NAE_EAOK_eestikeelsed_sunnimeetrikad, lk 79
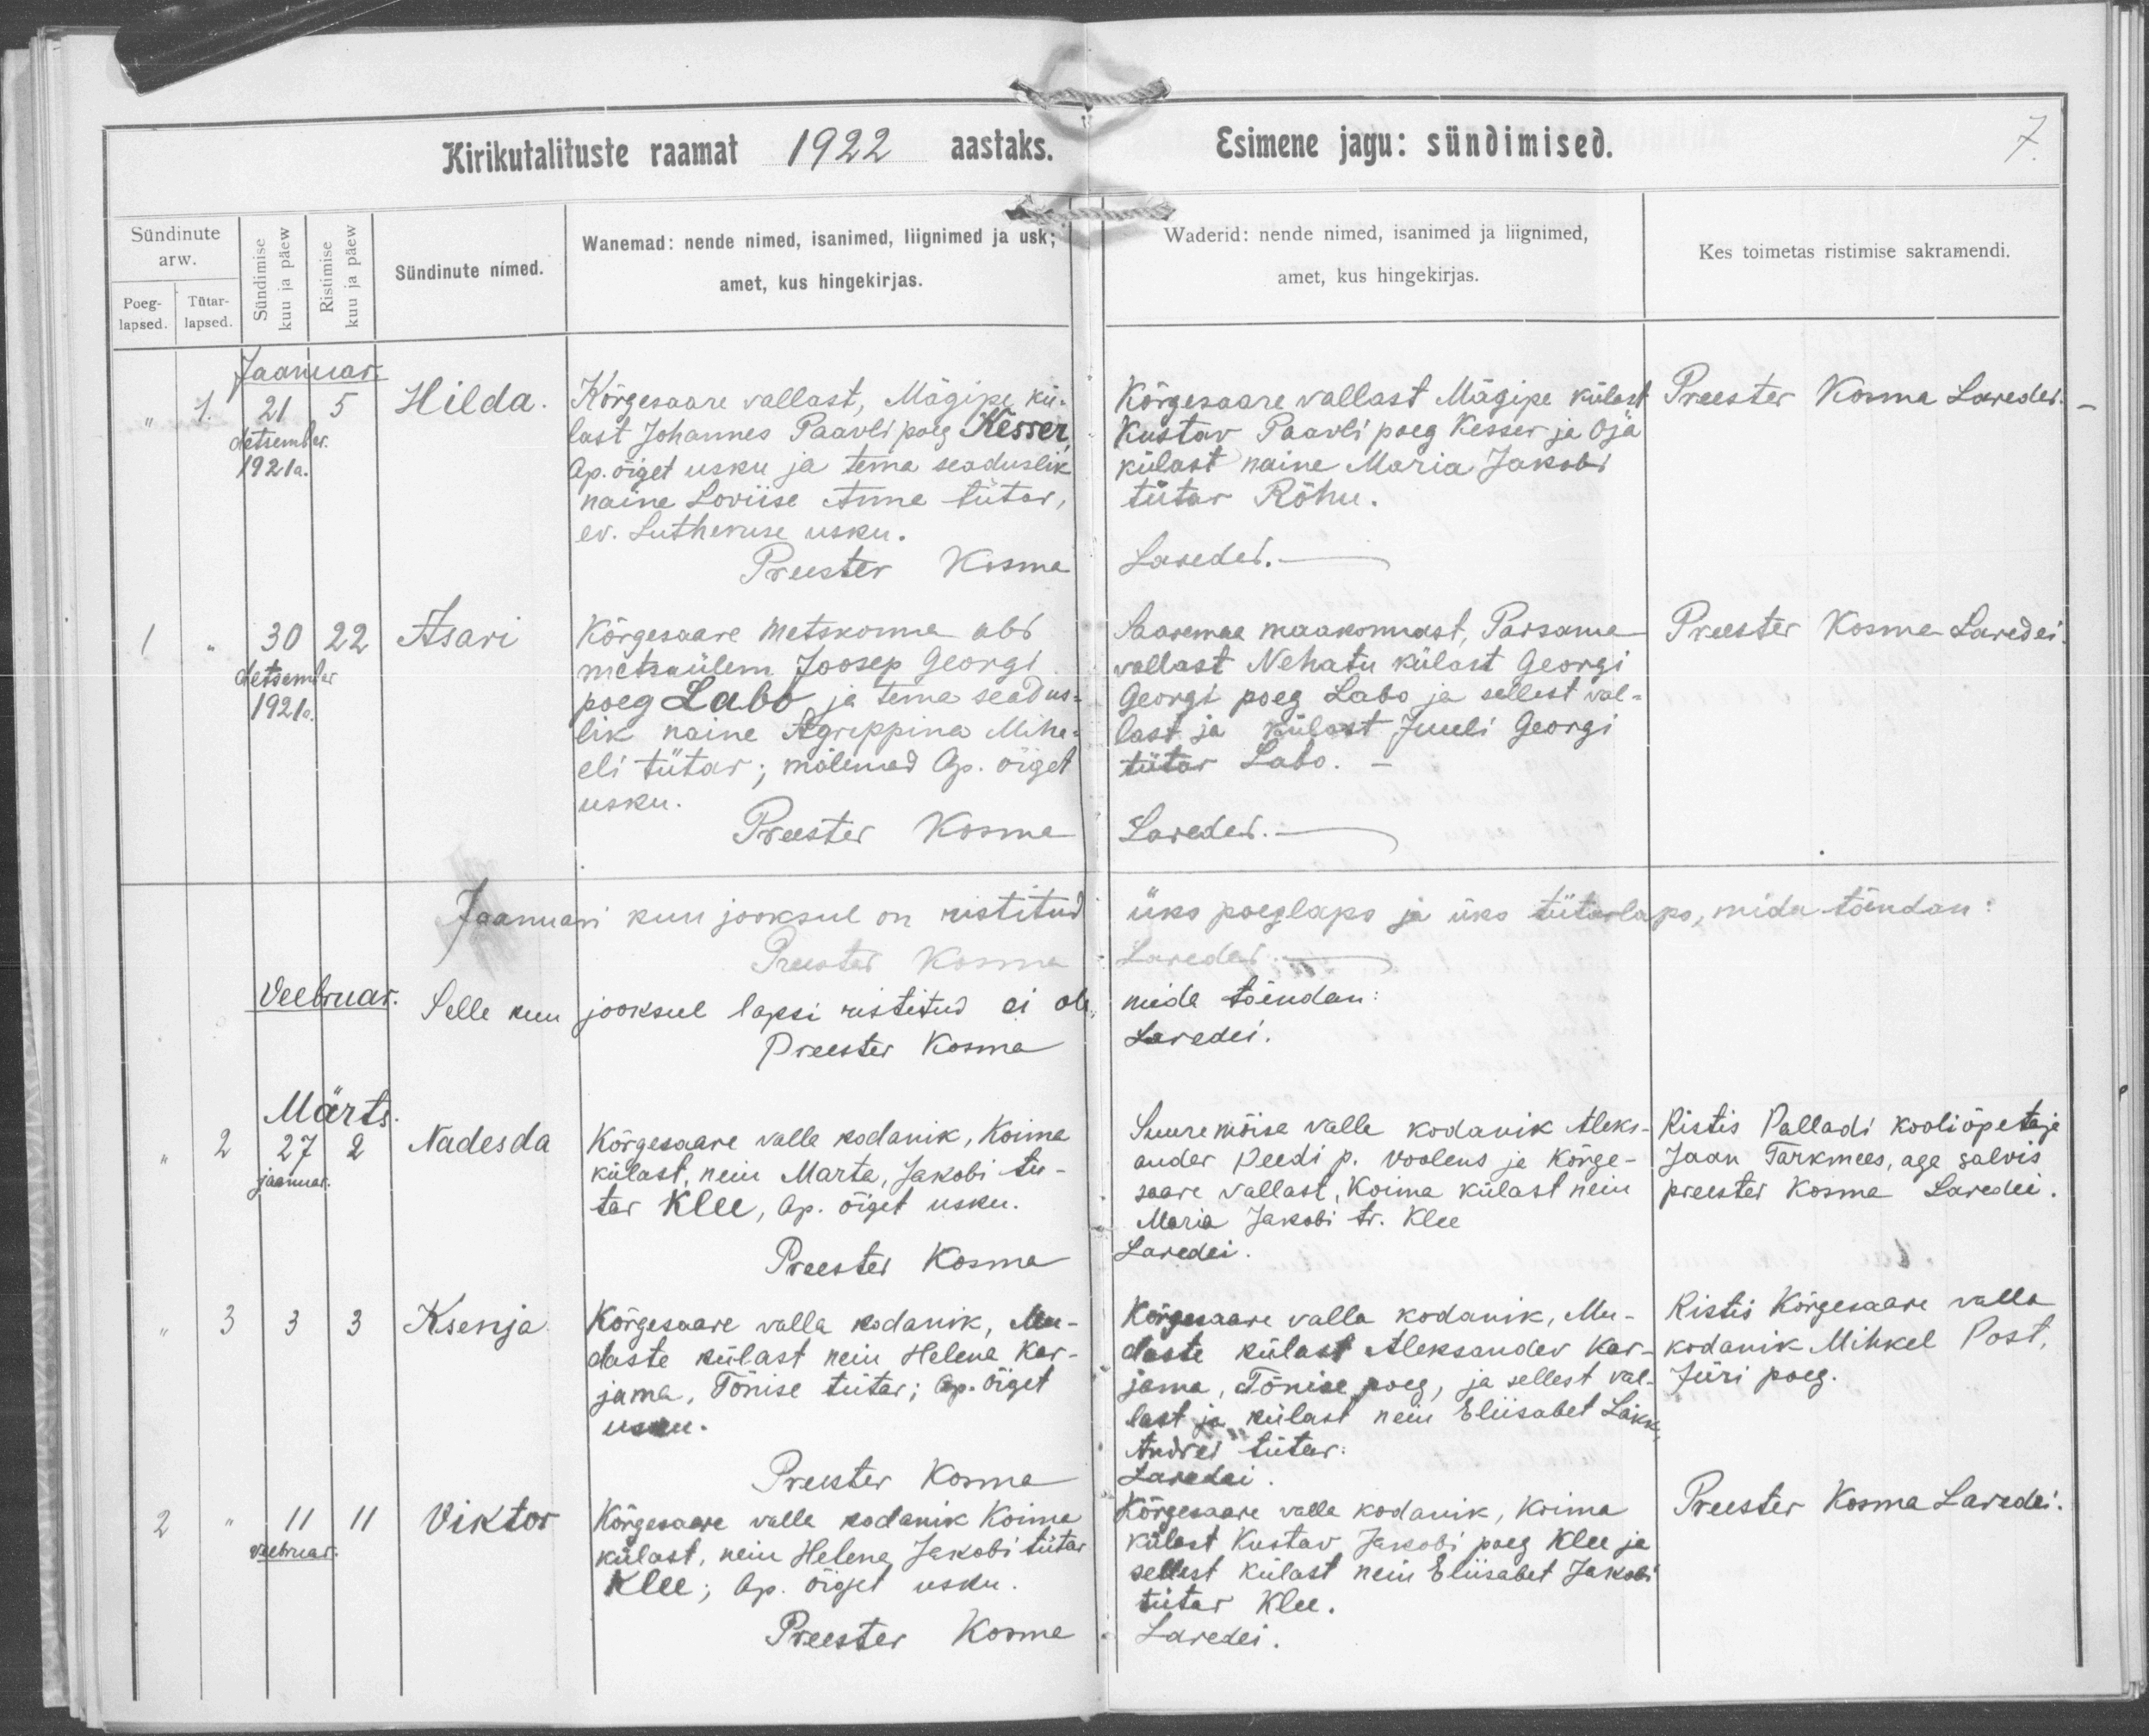
Hilda.

Asari

Nadesda

Ksenja

Viktor

Kõrgesaare vallast, Mägipe kü-
last Johannes Paavli poeg Kesser,
Ap. õiget usku ja tema seaduslik
naine Loviise Anne tütar,
ev. Lutheruse usku.

Kõrgessaare metskonna abs
metsaülem Joosep Georgi
poeg Labo ja tema seadus-
lik naine Agrippina Miha-
eli tütar; mõlemad Ap. õiget
usku

Kõrgevere valla kodanik, Koima
külast, neiu Marta, Jakobi tü-
tar Klee, Ap. õiget usku.

Kõrgessaare valla kodanik, Mu-
daste külast neiu Helena Kar-
jamaa, Tõnise tütar; Ap. Õiget
usku.

Kõrgesaare valla kodanik Koima
külast, neiu Helena Jakobi tütar
Klee, Ap. õiget usku.